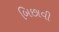
બિછાવી